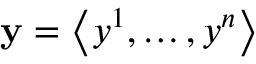
\mathbf { y } = \left\langle { y ^ { 1 } , \dots , y ^ { n } } \right\rangle